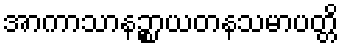
အာကာသာနဉ္စာယတနသမာပတ္တိ